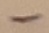
Text: -